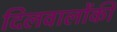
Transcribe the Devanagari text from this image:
दिलवालोंकी